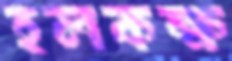
হলকক্ষ